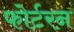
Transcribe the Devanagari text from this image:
फोर्टरन